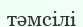
тәмсілі